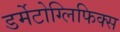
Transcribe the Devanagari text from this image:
डर्मेटोग्लिफिक्स